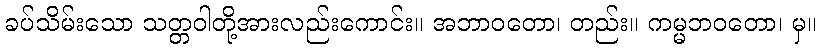
ခပ်သိမ်းသော သတ္တဝါတို့အားလည်းကောင်း။ အဘာဝတော၊ တည်း။ ကမ္မဘဝတော၊ မှ။